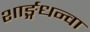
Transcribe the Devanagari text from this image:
शार्ङ्गधन्वा